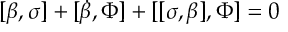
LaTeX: [ \beta , \sigma ] + [ \dot { \beta } , \Phi ] + [ [ \sigma , \beta ] , \Phi ] = 0